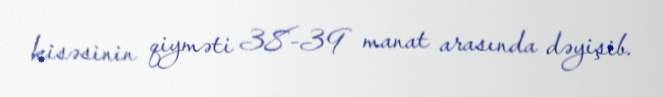
kisəsinin qiyməti 38-39 manat arasında dəyişib.